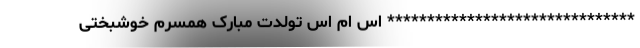
******************************* اس ام اس تولدت مبارک همسرم خوشبختی